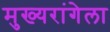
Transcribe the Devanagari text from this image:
मुख्यरांगेला